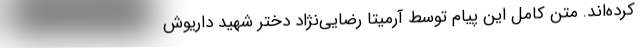
کرده‌اند. متن کامل این پیام توسط آرمیتا رضایی‌نژاد دختر شهید داریوش